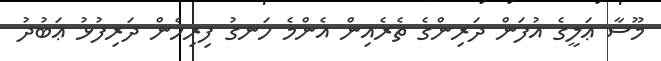
މޫސާ ޢަލީގެ އުފަން ދަރިންގެ ތެރެއިން އެންމެ ހަނގު ފިރިހެން ދަރިފުޅު ޢަބުދު